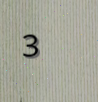
3